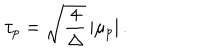
\tau _ { p } = \sqrt { { \frac { 4 } { \Delta } } } \, | \mu _ { p } | \, .